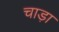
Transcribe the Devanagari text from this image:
चाड़ा